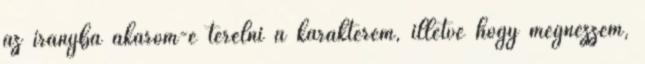
az irányba akarom-e terelni a karakterem, illetve hogy megnézzem,